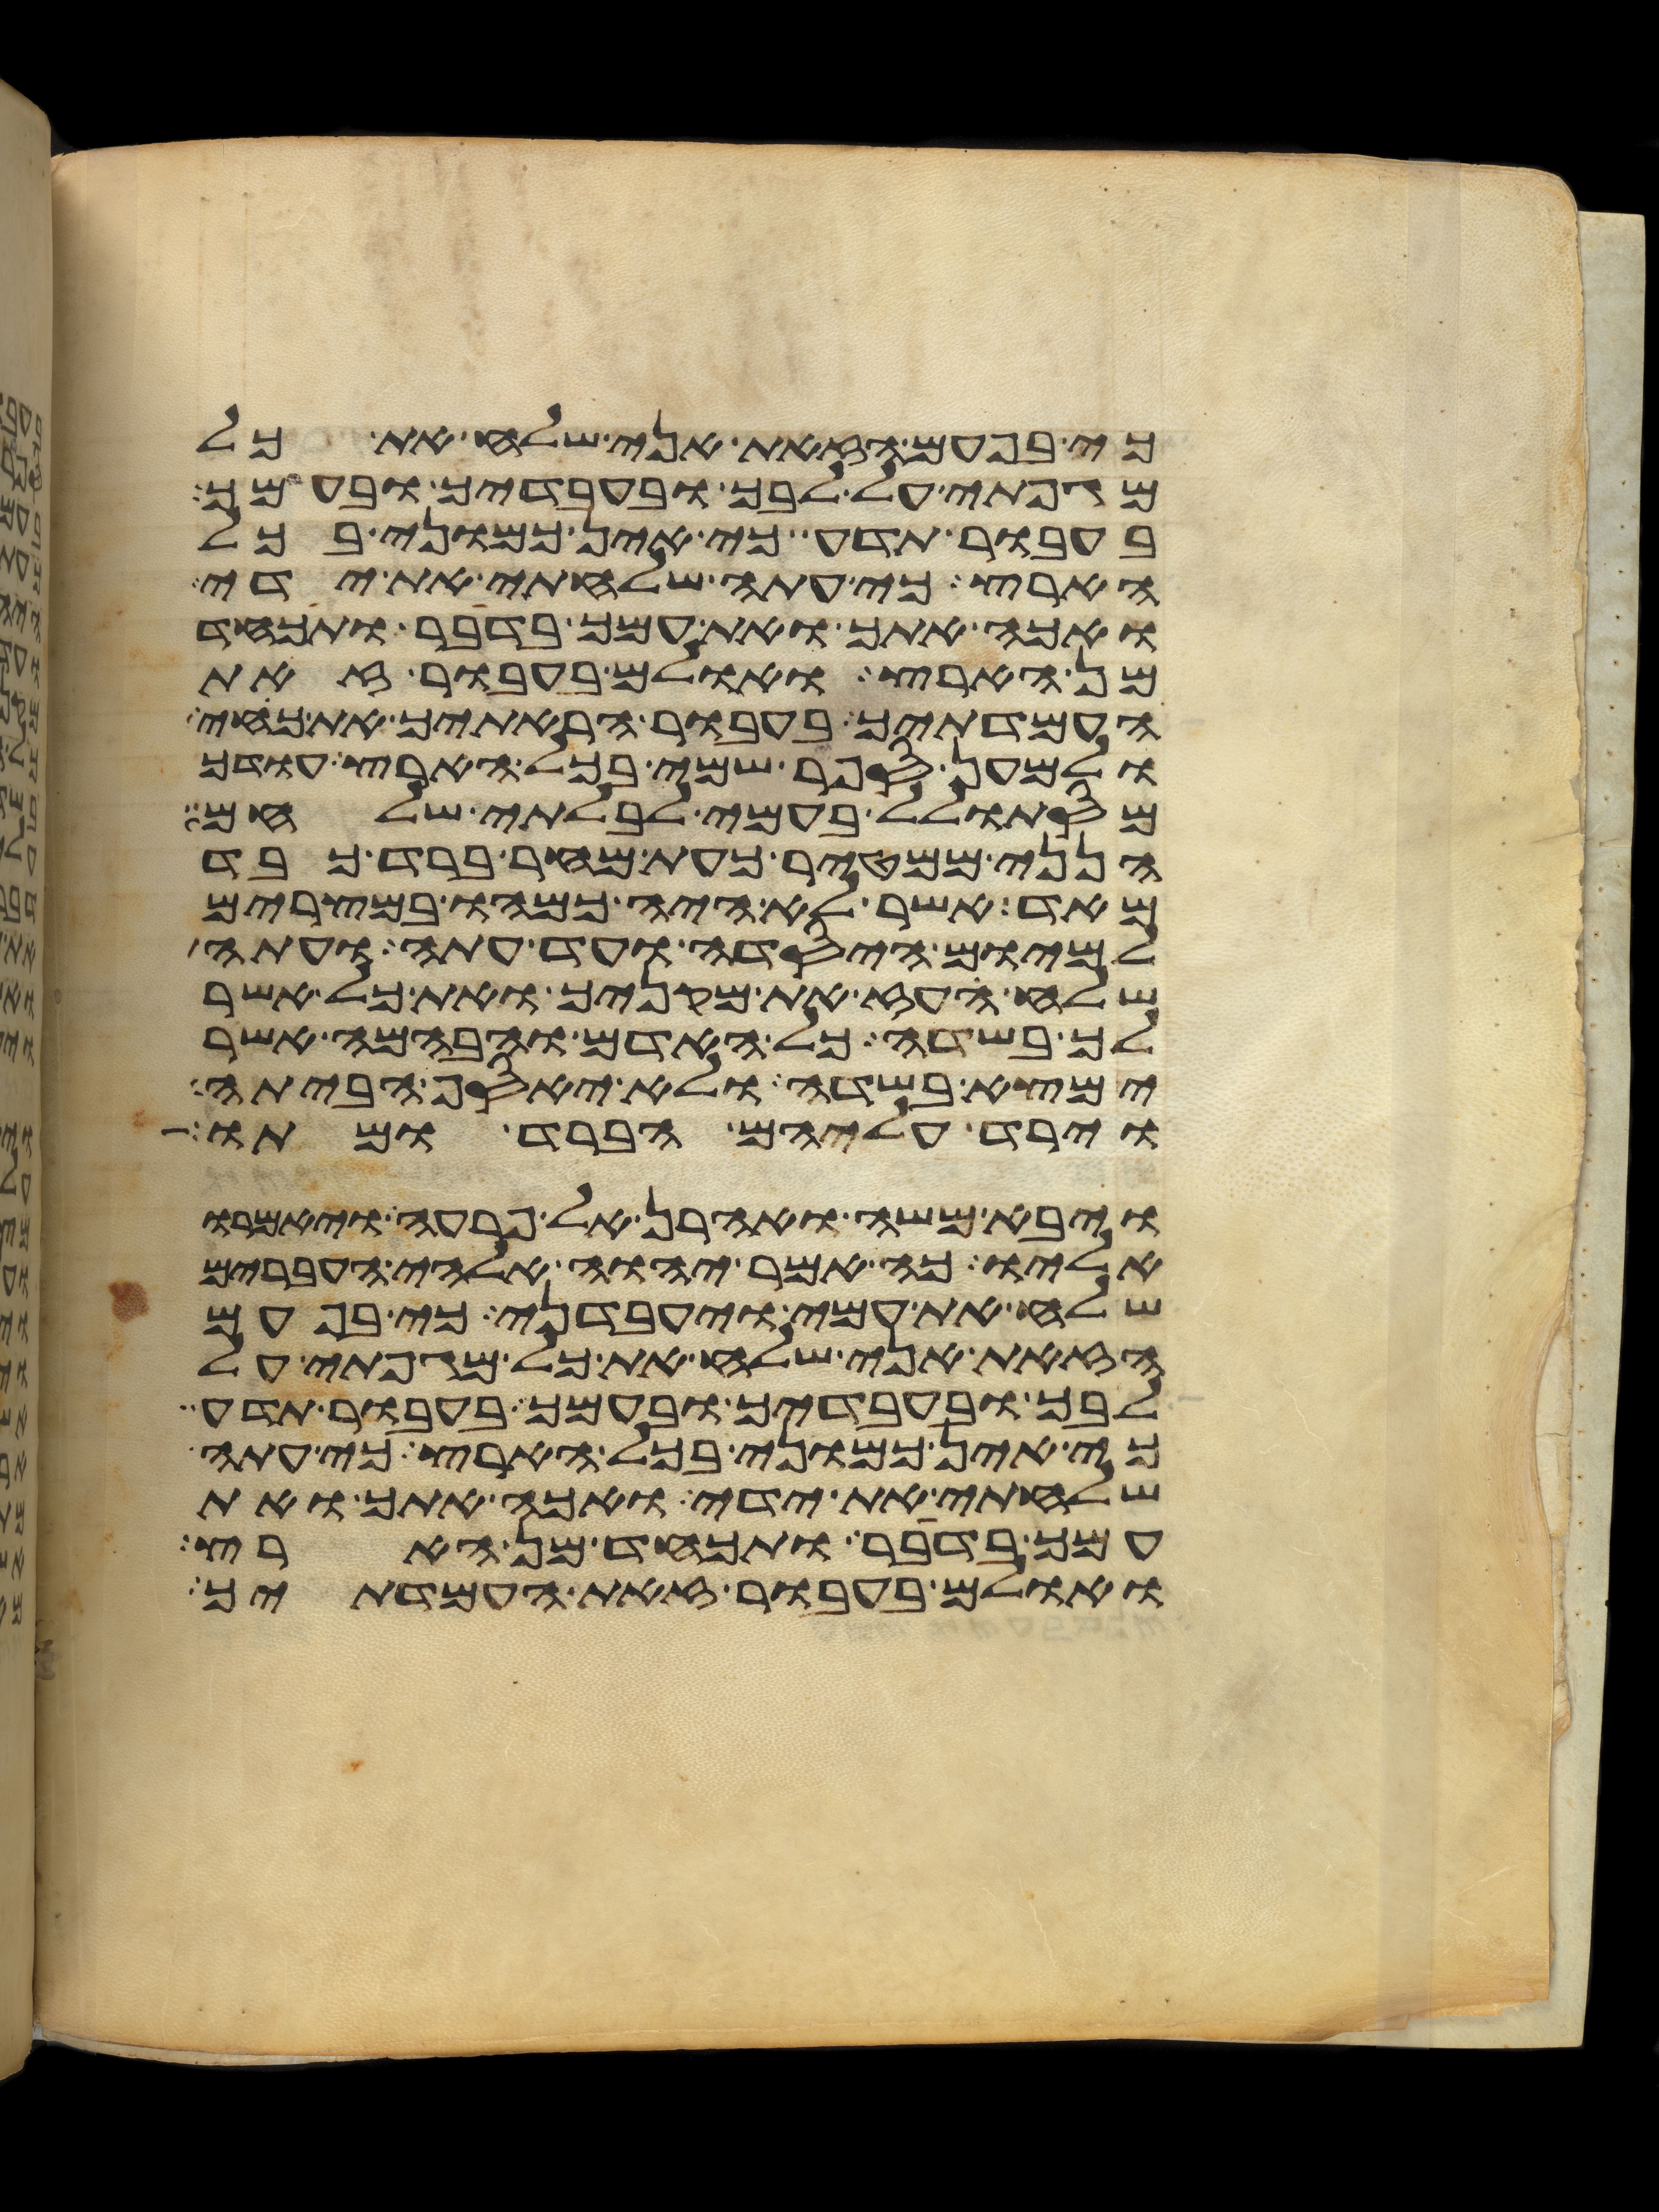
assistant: כי בפעם הזאת אני שלח את כל
מגפתי על לבך ובעבדיך ובעמך
בעבור תדע כי אין כמוני בכל
הארץ כי עתה שלחתי את ידי
ואכה אתך ואת עמך בדבר ותכחד
מן הארץ ואולם בעבור זאת
העמדתיך בעבור הראתיך את כחי
ולמען ספר שמי בכל הארץ עודך
מסתולל בעמי לבלתי שלחם
הנני ממטיר כעת מחר ברד כבד
מאד אשר לא היה כמהו במצרים
למיום היסדה ועד עתה ועתה
שלח העז את מקניך ואת כל אשר
לך בשדה כל האדם והבהמה אשר
ימצא בשדה ולא יאסף הביתה
וירד עליהם הברד ומתו
ויבא משה ואהרן אל פרעה ויאמרו
אליו כה אמר יהוה אלהי העברים
שלח את עמי ויעבדני כי בפעם
הזאת אני שלח את כל מגפתי על
לבך ובעבדיך ובעמך בעבור תדע
כי אין כמוני בכל הארץ כי עתה
שלחתי את ידי ואכה אתך ואת
עמך בדבר ותכחד מן הארץ
ואולם בעבור זאת העמדתיך